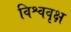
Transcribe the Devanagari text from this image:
विश्ववृक्ष